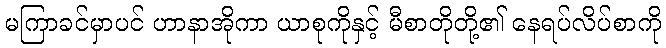
မကြာခင်မှာပင် ဟာနာအိုကာ ယာစုကိုနှင့် မီစာတိုတို့၏ နေရပ်လိပ်စာကို